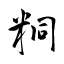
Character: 粡